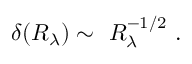
\delta ( R _ { \lambda } ) \sim \ R _ { \lambda } ^ { - 1 / 2 } \ .